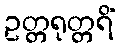
ဥတ္တရုတ္တရိံ